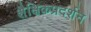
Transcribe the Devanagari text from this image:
शैक्षिकप्रदर्शन